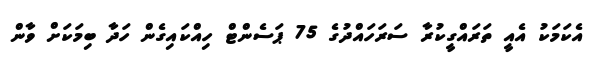
އެކަމަކު އެއީ ތަރައްގީކުރާ ސަރަހައްދުގެ 75 ޕަސެންޓް ހިއްކައިގެން ހަދާ ބިމަކަށް ވާން